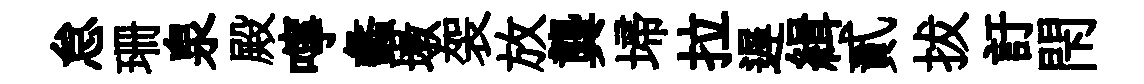
怠珊泉殿嚀蠡墩袈放龔埽拉遅緝貳拔訏閇